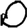
Digit: 0